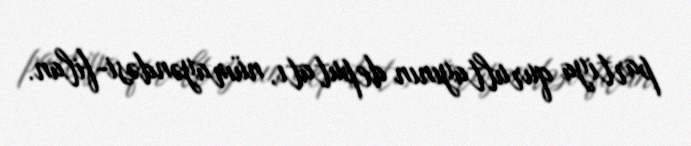
partiya qurultayının deputatı, nümayəndəsi-filan.